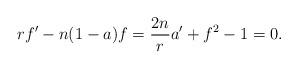
LaTeX: \begin{align*}r f'- n(1-a)f = \frac{2n}{r} a' + f^{2} -1 = 0.\end{align*}